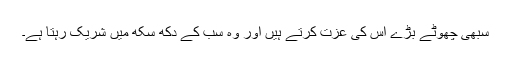
سبھی چھوٹے بڑے اُس کی عزت کرتے ہیں اور وہ سب کے دُکھ سُکھ میں شریک رہتا ہے۔